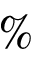
\%